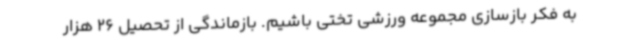
به فکر بازسازی مجموعه ورزشی تختی باشیم. بازماندگی از تحصیل 26 هزار